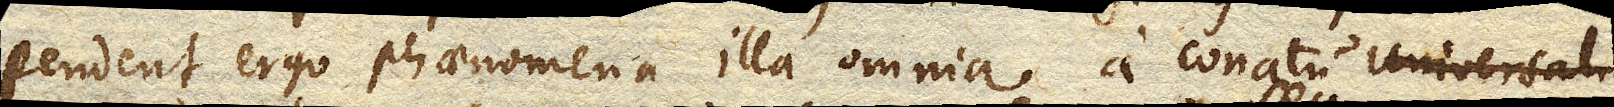
Pendent ergo phaenomena illa omnia a conatu